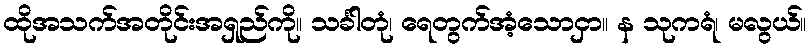
ထိုအသက်အတိုင်းအရှည်ကို။ သင်္ခါတုံ၊ ရေတွက်အံ့သောငှာ။ န သုကရံ၊ မလွယ်။